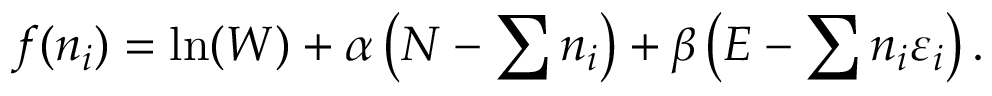
f ( n _ { i } ) = \ln ( W ) + \alpha \left( N - \sum n _ { i } \right) + \beta \left( E - \sum n _ { i } \varepsilon _ { i } \right) .